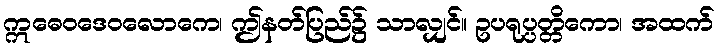
ဣဓေဝဒေဝလောကေ၊ ဤနတ်ပြည်၌ သာလျှင်။ ဥပရုပ္ပတ္တိကော၊ အထက်